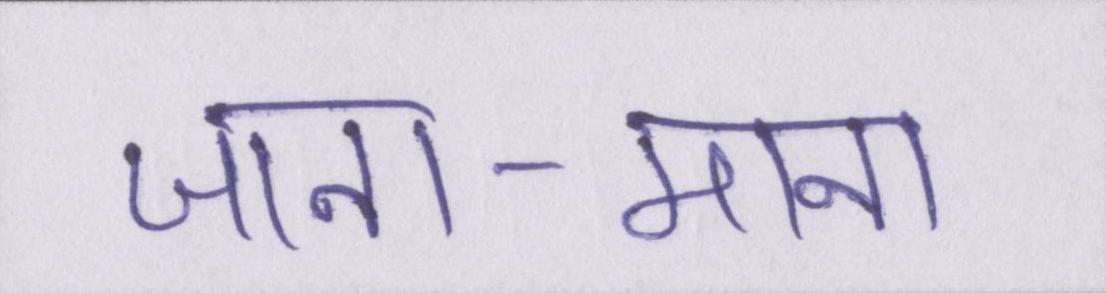
जाना-माना